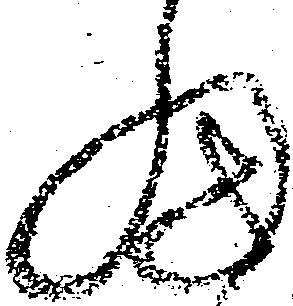
細